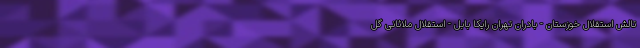
تالش استقلال خوزستان - بادران تهران رایکا بابل - استقلال ملاثانی گل